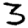
Digit: 3